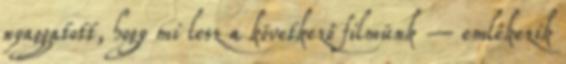
nyaggatott, hogy mi lesz a következő filmünk – emlékezik